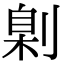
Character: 㓷